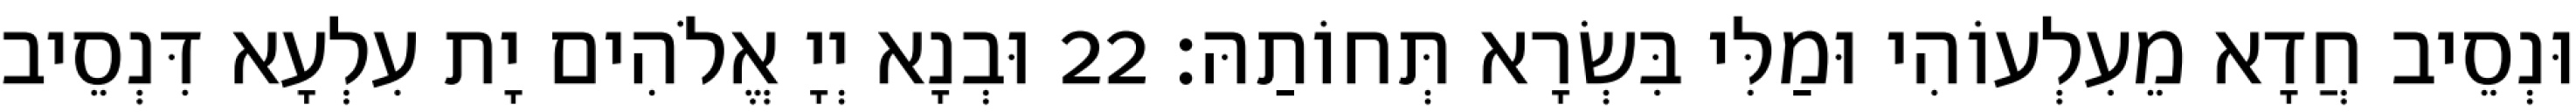
וּנְסֵיב חֲדָא מֵעִלְעוֹהִי וּמַלִּי בִּשְׂרָא תְּחוֹתַהּ׃ 22 וּבְנָא יְיָ אֱלֹהִים יָת עִלְעָא דִּנְסֵיב